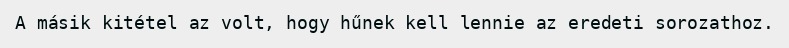
A másik kitétel az volt, hogy hűnek kell lennie az eredeti sorozathoz.